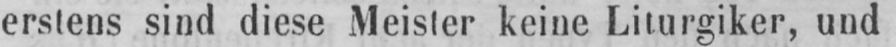
erstens sind diese Meister keine Liturgiker, und